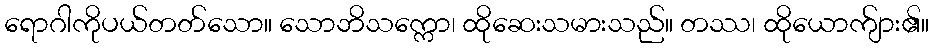
ရောဂါကိုပယ်တတ်သော။ သောဘိသက္ကော၊ ထိုဆေးသမားသည်။ တဿ၊ ထိုယောက်ျား၏။